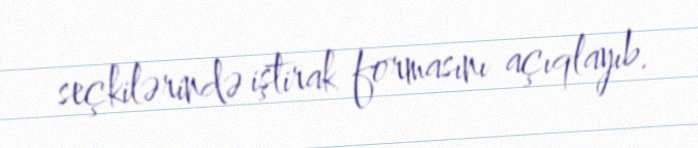
seçkilərində iştirak formasını açıqlayıb.